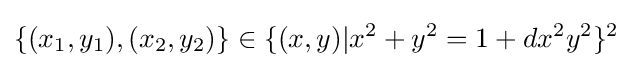
\{(x_{1},y_{1}),(x_{2},y_{2})\}\in \{(x,y)|x^{2}+y^{2}=1+dx^{2}y^{2}\}^{2}